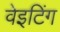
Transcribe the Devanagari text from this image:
वेइटिंग